Subject: cs
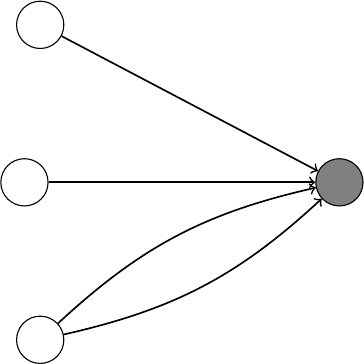
LaTeX code:
\begin{tikzpicture}
    \node[circle, minimum size=0.6cm] (O1) at  (-3,-2) {};
    \node[circle, minimum size=0.6cm] (O2) at  (3,2) {};
    \node[circle, draw, minimum size=0.6cm] (B1) at  (-1.8,-2) {};
    \node[circle, draw, minimum size=0.6cm] (B3) at  (-2,0) {};
    \node[circle, draw, minimum size=0.6cm] (B5) at  (-1.8,2) {};
    \node[circle, draw, minimum size=0.6cm, fill=gray] (C) at  (2,0) {};
    \draw [semithick,->] (B1) edge [bend left=15] (C);
    \draw [semithick,->] (B1) edge [bend right=15] (C);
    \draw [semithick,->] (B3) -- (C);
    \draw [semithick,->] (B5) -- (C);
\end{tikzpicture}